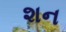
શન